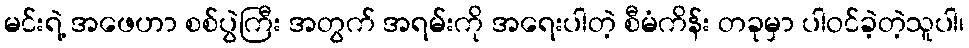
မင်းရဲ့ အဖေဟာ စစ်ပွဲကြီး အတွက် အရမ်းကို အရေးပါတဲ့ စီမံကိန်း တခုမှာ ပါဝင်ခဲ့တဲ့သူပါ၊